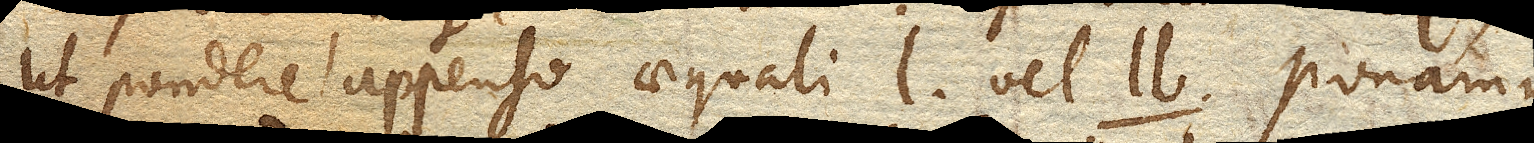
ut pondere appenso aequali l. vel ll. Ponamus